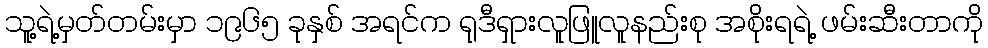
သူ့ရဲ့မှတ်တမ်းမှာ ၁၉၆၅ ခုနှစ် အရင်က ရုဒီရှားလူဖြူလူနည်းစု အစိုးရရဲ့ ဖမ်းဆီးတာကို